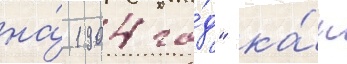
на́ 1904 го́д" ка́к